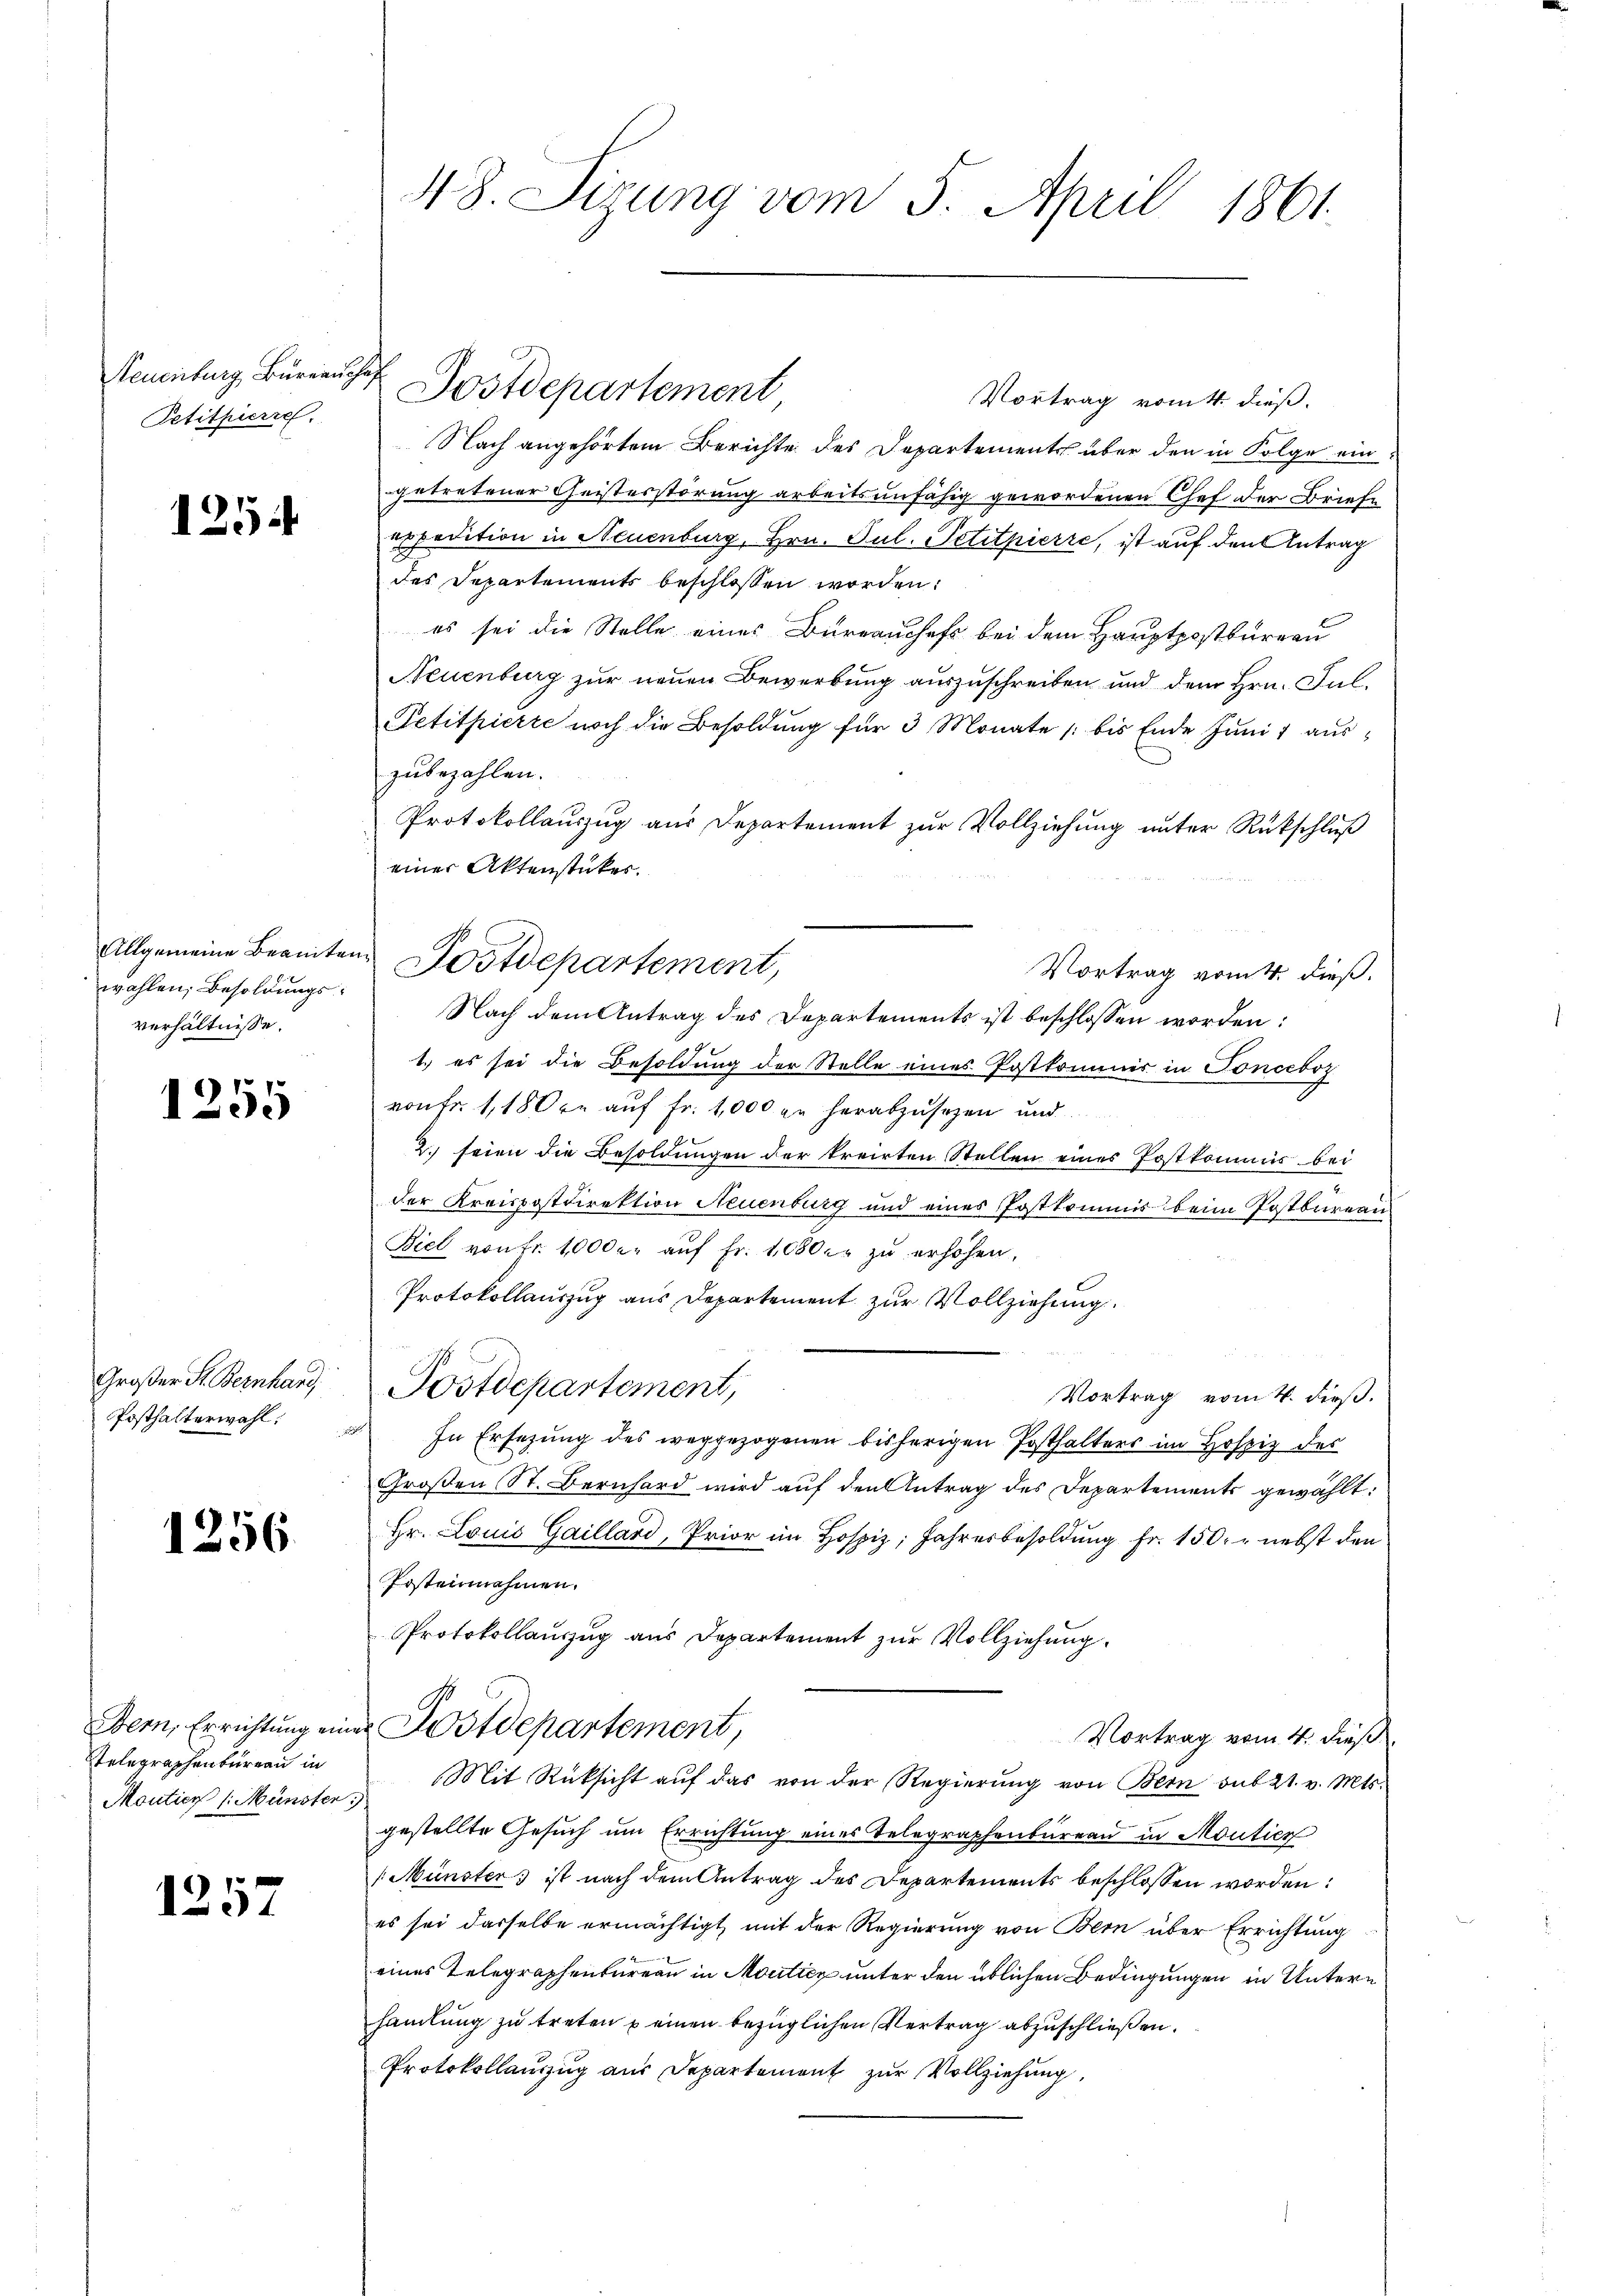
Neuenburg, Bureau
Petitpierre.

1254

wahlen, Besoldungsverhältnisse.

1255

Großer St. Bernhard,
Posthalterwahl:

1256

Stelegraphenbureau in
Moutier /: Münster

1257

48. Sirung vom 5. April 1861

Vortrag vom 4. dieß.
Nach angehörtem Berichte des Departements über den in Folge eingetretener Geisterstörung arbeitsunfähig gewordenen Chef der Briefe
expedition in Neuenburg, Hrn. Jul. Petitpierre, ist auf den Antrag
des Departements beschlossen worden.
es sei die Stelle eines Burrauchefs bei dem Hauptpostbureau
Neuenburg zur neuen Bewerbung auszuschreiben und dem Hrn. Gul¬
Petitpierte noch die Besoldung für 3 Monate bis Ende Juni auszubezahlen.
Protokollauszug aus Departement zur Vollziehung unter Rückschluß
einer Aktenstückes.
Vortrag vom 4. dieß.
Nach dem Antrag des Departements ist beschlossen worden:
1.) es sei die Besoldung der Stelle eines Postkommis in Tonceboz
von fr. 118 Orr auf Fr. 1000 in herabzusehen und
2. seien die Besoldungen der kreisten Stellen eines Postkommis bei
der Kreispostdirektion Neuenburg und eines Postkommnis beim Postbureau
Biel von Fr. 10000. auf Fr. 1080. zu erhöhen,
Protokollauszug aus Departement zur Vollziehung.
Postdepartement,
Vortrag vom 4. dieß.
 In Ersezung des weggezogenen bisherigen Posthalters im Hofziz des
Großen St. Bernhard wird auf den Antrag des Departements gewählt:
Hr. Louis Gaillard, Prior im Hospiz; Jahresbesoldung Fr. 150. r nebst den
Postennahmen.
Protokollauszug aus Departement zur Vollziehung.
Bern, Errichtung einer Postdepartement,
Vortrag vom 4. dieß
Mit Rücksicht aŭf das von der Regierŭng von Bern sub 21. v. Mts.
gestellte Gesuch um Errichtung eines Telegraphenbureau in Moutier
Münsters ist nach dem Antrag des Departements beschlossen worden:
es sei dasselbe ermächtigt, mit der Regierung von Bern über Errichtung
eines Telegraphenbureau in Mouticz unter den üblichen Bedingungen in Untern
handlung zu treten u einen bezüglichen Vertrag abzuschließen.
Protokollanzzug aus Departement zur Vollziehung,

2. Postdepartement

Allgemeine Beamten Postdepartement,